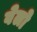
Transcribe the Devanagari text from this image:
वेलो